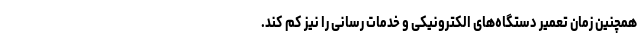
همچنین زمان تعمیر دستگاه‌های الکترونیکی و خدمات رسانی را نیز کم کند.